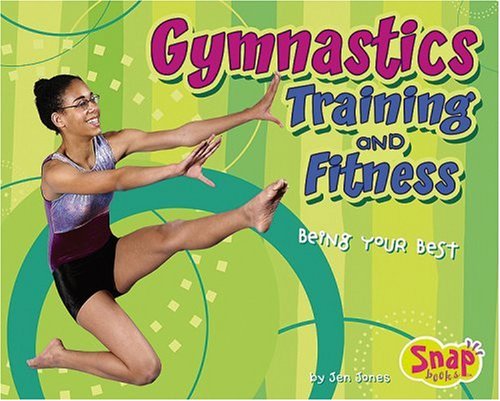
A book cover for Gymnastics Training and Fitness; Jen Jones; Children's Books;